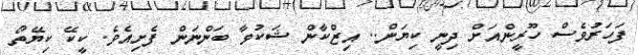
ފަހަރުވެސް ހޫރީންއަށް ދިނީ ކިޔަން.. އިޒްކާން ޝަކުވާ ބަންނަން ފެށިއެވެ. ކީކޭ ކިޔޭތޯ